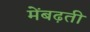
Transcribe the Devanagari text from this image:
मेंबढ़ती